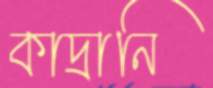
কাদ্রানি